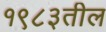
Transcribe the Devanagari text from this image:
१९८३तील